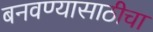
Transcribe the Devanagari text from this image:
बनवण्यासाठीचा